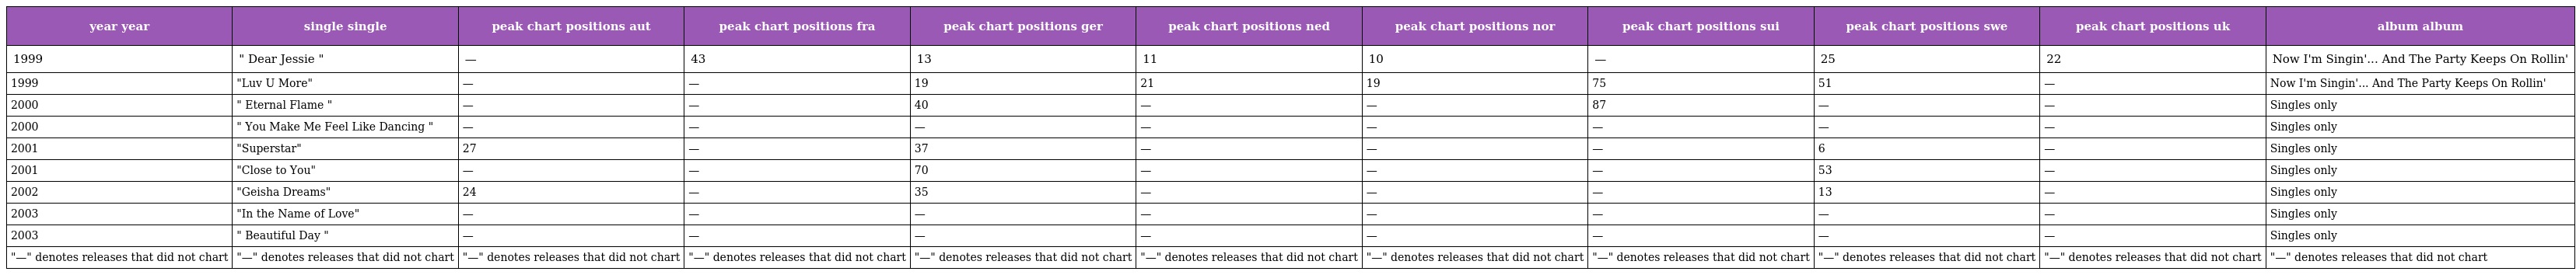
| year year | single single | peak chart positions aut | peak chart positions fra | peak chart positions ger | peak chart positions ned | peak chart positions nor | peak chart positions sui | peak chart positions swe | peak chart positions uk | album album |
 | --- | --- | --- | --- | --- | --- | --- | --- | --- | --- | --- |
 | 1999 | " Dear Jessie " | — | 43 | 13 | 11 | 10 | — | 25 | 22 | Now I'm Singin'... And The Party Keeps On Rollin' |
 | 1999 | "Luv U More" | — | — | 19 | 21 | 19 | 75 | 51 | — | Now I'm Singin'... And The Party Keeps On Rollin' |
 | 2000 | " Eternal Flame " | — | — | 40 | — | — | 87 | — | — | Singles only |
 | 2000 | " You Make Me Feel Like Dancing " | — | — | — | — | — | — | — | — | Singles only |
 | 2001 | "Superstar" | 27 | — | 37 | — | — | — | 6 | — | Singles only |
 | 2001 | "Close to You" | — | — | 70 | — | — | — | 53 | — | Singles only |
 | 2002 | "Geisha Dreams" | 24 | — | 35 | — | — | — | 13 | — | Singles only |
 | 2003 | "In the Name of Love" | — | — | — | — | — | — | — | — | Singles only |
 | 2003 | " Beautiful Day " | — | — | — | — | — | — | — | — | Singles only |
 | "—" denotes releases that did not chart | "—" denotes releases that did not chart | "—" denotes releases that did not chart | "—" denotes releases that did not chart | "—" denotes releases that did not chart | "—" denotes releases that did not chart | "—" denotes releases that did not chart | "—" denotes releases that did not chart | "—" denotes releases that did not chart | "—" denotes releases that did not chart | "—" denotes releases that did not chart |